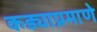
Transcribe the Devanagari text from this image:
कड्याप्रमाणे